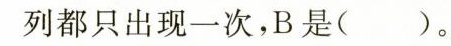
列都只出现一次，B是( )。